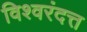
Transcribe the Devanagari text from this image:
विश्वरंदत्त